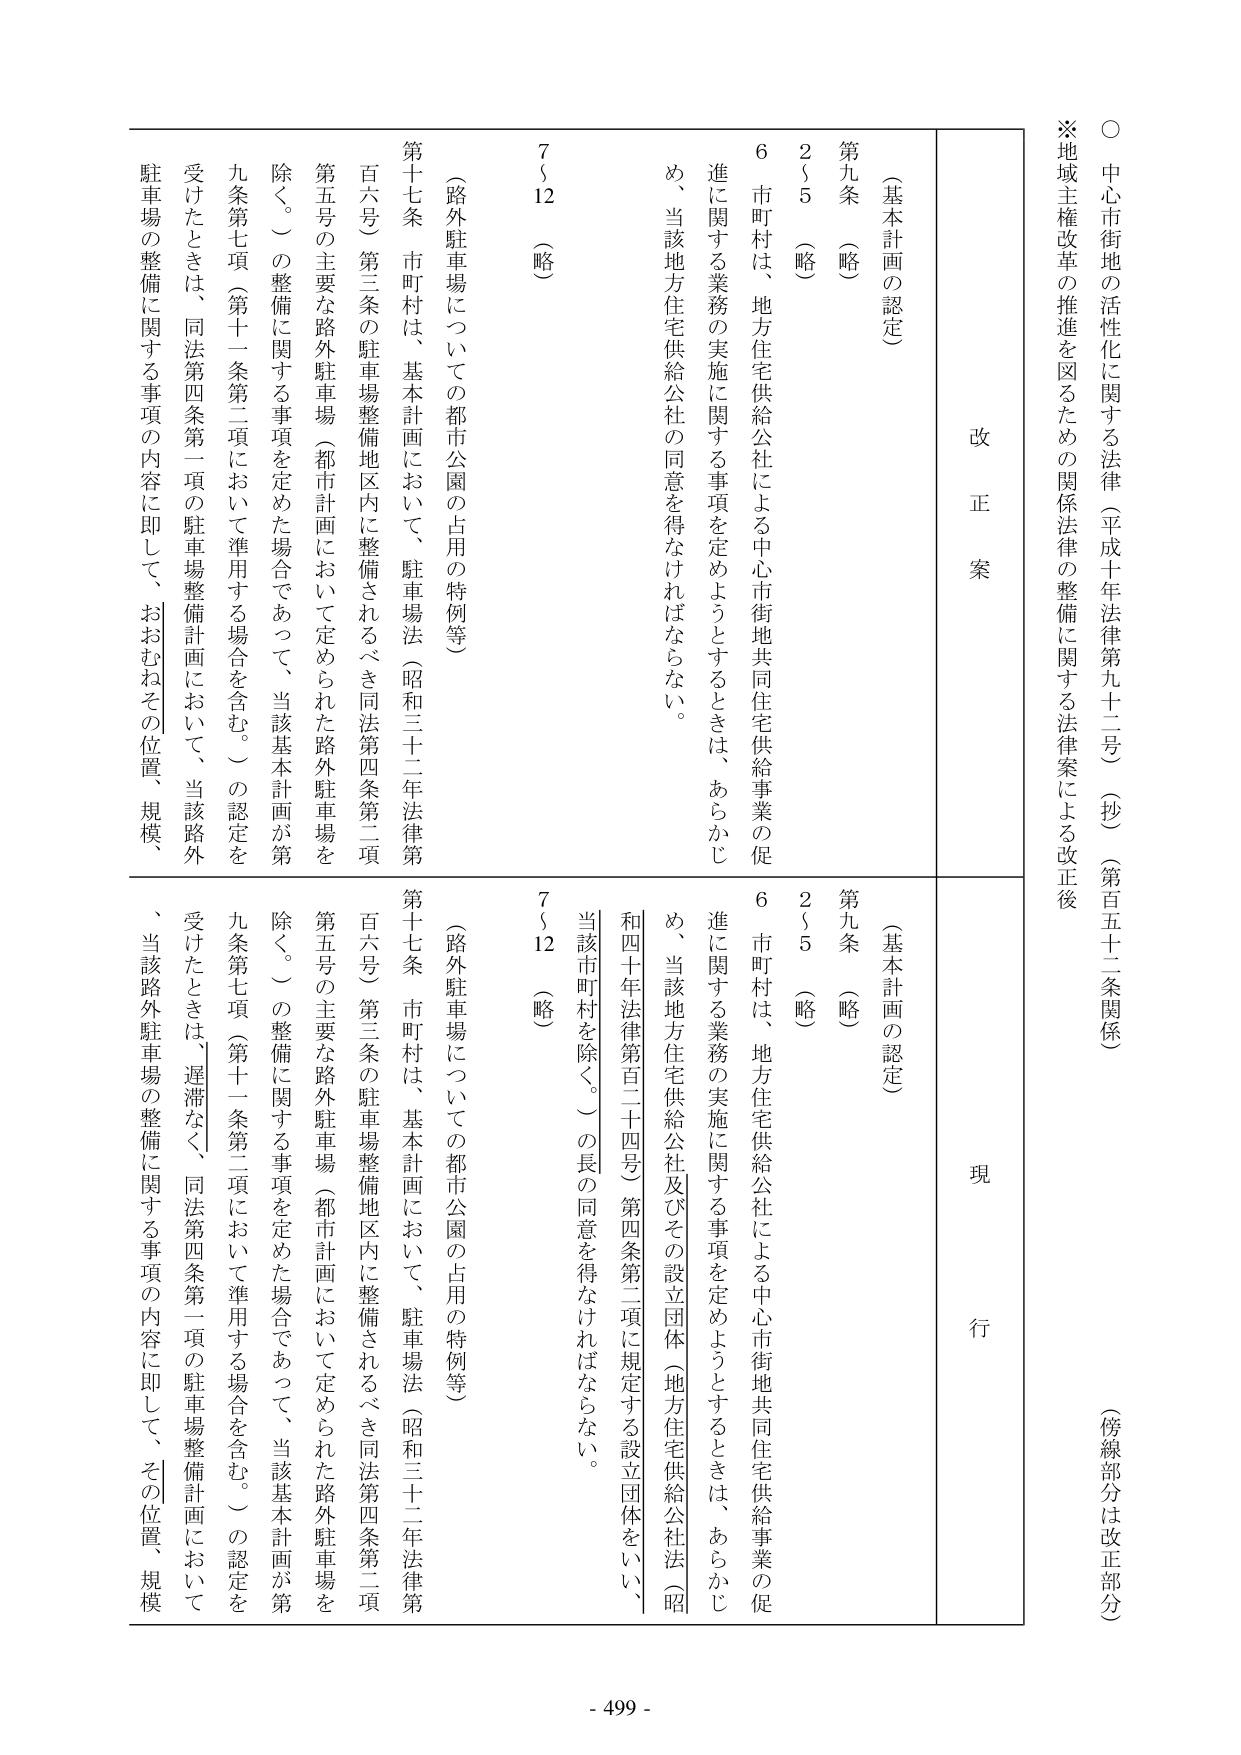
○ 中心市街地の活性化に関する法律（平成十年法律第九十二号）（抄）（第百五十二条関係）
（傍線部分は改正部分）

※地域主権改革の推進を図るための関係法律の整備に関する法律案による改正後

改 正 案

（基本計画の認定）
第九条 （略）
２～５ （略）
６ 市町村は、地方住宅供給公社による中心市街地共同住宅供給事業の促進に関する業務の実施に関する事項を定めようとするときは、あらかじめ、当該地方住宅供給公社の同意を得なければならない。

（路外駐車場についての都市公園の占用の特例等）
第十七条 市町村は、基本計画において、駐車場法（昭和三十二年法律第百六号）第三条の駐車場整備地区内に整備されるべき同法第四条第二項第五号の主要な路外駐車場（都市計画において定められた路外駐車場を除く。）の整備に関する事項を定めた場合であって、当該基本計画が第九条第七項（第十一条第二項において準用する場合を含む。）の認定を受けたときは、同法第四条第一項の駐車場整備計画において、当該路外駐車場の整備に関する事項の内容に即して、おおむねその位置、規模、
７～12 （略）

現 行

（基本計画の認定）
第九条 （略）
２～５ （略）
６ 市町村は、地方住宅供給公社による中心市街地共同住宅供給事業の促進に関する業務の実施に関する事項を定めようとするときは、あらかじめ、当該地方住宅供給公社及びその設立団体（地方住宅供給公社法（昭和四十年法律第百二十四号）第四条第二項に規定する設立団体をいい、当該市町村を除く。）の長の同意を得なければならない。

（路外駐車場についての都市公園の占用の特例等）
第十七条 市町村は、基本計画において、駐車場法（昭和三十二年法律第百六号）第三条の駐車場整備地区内に整備されるべき同法第四条第二項第五号の主要な路外駐車場（都市計画において定められた路外駐車場を除く。）の整備に関する事項を定めた場合であって、当該基本計画が第九条第七項（第十一条第二項において準用する場合を含む。）の認定を受けたときは、遅滞なく、同法第四条第一項の駐車場整備計画において、当該路外駐車場の整備に関する事項の内容に即して、その位置、規模
７～12 （略）

- 499 -